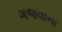
ગજવાના